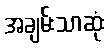
အချမ်းသာဆုံး